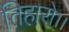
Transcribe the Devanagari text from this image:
तिहारो।।